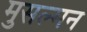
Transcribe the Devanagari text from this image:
मुसल्मन